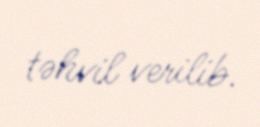
təhvil verilib.